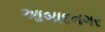
આબાદનગર